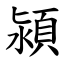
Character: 潁